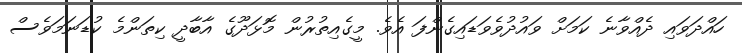
ހައްދަވައި ދެއްވާނެ ކަމަށް ވައުދުވެވަޑައިގެންފަ އެވެ. މީގެއިތުރުން މޮޅަދޫގެ އާބާދީ ކިތަންމެ ކުޑަނަމަވެސް